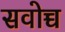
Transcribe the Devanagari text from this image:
सवोच्च